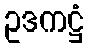
ဥဒကဋ္ဌံ